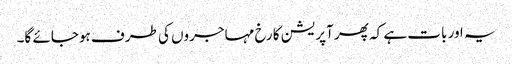
یہ اور بات ہے کہ پھر آپریشن کا رخ مہاجروں کی طرف ہوجائے گا۔